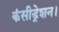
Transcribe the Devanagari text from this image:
कंसीड्रेशन।